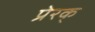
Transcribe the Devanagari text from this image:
प्रेरक्